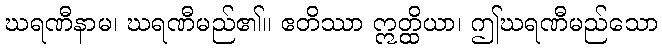
ဃရဏီနာမ၊ ဃရဏီမည်၏။ ဧတိဿာ ဣတ္ထိယာ၊ ဤဃရဏီမည်သော